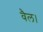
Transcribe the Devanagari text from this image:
वैल।